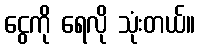
ငွေကို ရေလို သုံးတယ်။